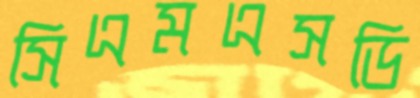
সিএমএসডি